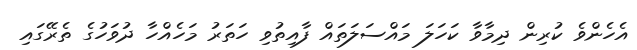
އެހެންވެ ކުރިން ދިމާވާ ކަހަލަ މައްސަލަތައް ފާއިތުވި ހަތަރު މަހެއްހާ ދުވަހުގެ ތެރޭގައި